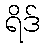
ရိဒ်